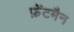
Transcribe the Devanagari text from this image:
फ्रेंटमैन